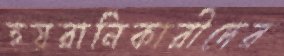
হয়রানিকারীদের